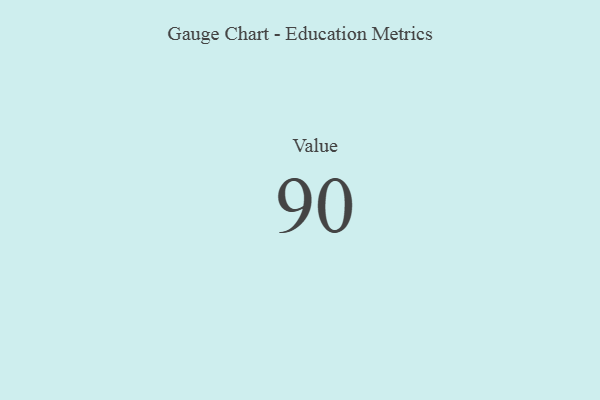
{"axis": {"x": "Metric", "y": "Value"}, "legend": [""], "data": [{"x": "Value", "y": 90, "type": ""}]}